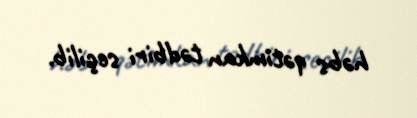
həbs qətimkan tədbiri seçilib.